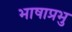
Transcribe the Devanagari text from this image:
भाषाप्रभु